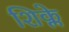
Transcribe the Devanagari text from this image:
शिक्ले